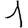
Digit: 1